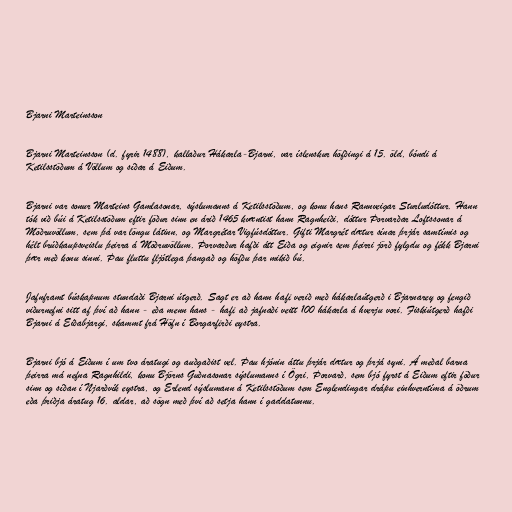
Bjarni Marteinsson

Bjarni Marteinsson (d. fyrir 1488), kallaður Hákarla-Bjarni, var íslenskur höfðingi á 15. öld, bóndi á
Ketilsstöðum á Völlum og síðar á Eiðum.

Bjarni var sonur Marteins Gamlasonar, sýslumanns á Ketilsstöðum, og konu hans Rannveigar Sturludóttur. Hann
tók við búi á Ketilsstöðum eftir föður sinn en árið 1465 kvæntist hann Ragnheiði, dóttur Þorvarðar Loftssonar á
Möðruvöllum, sem þá var löngu látinn, og Margrétar Vigfúsdóttur. Gifti Margrét dætur sínar þrjár samtímis og
hélt brúðkaupsveislu þeirra á Möðruvöllum. Þorvarður hafði átt Eiða og eignir sem þeirri jörð fylgdu og fékk Bjarni
þær með konu sinni. Þau fluttu fljótlega þangað og höfðu þar mikið bú.

Jafnframt búskapnum stundaði Bjarni útgerð. Sagt er að hann hafi verið með hákarlaútgerð i Bjarnarey og fengið
viðurnefni sitt af því að hann - eða menn hans - hafi að jafnaði veitt 100 hákarla á hverju vori. Fiskiútgerð hafði
Bjarni á Eiðabjargi, skammt frá Höfn í Borgarfirði eystra.

Bjarni bjó á Eiðum í um tvo áratugi og auðgaðist vel. Þau hjónin áttu þrjár dætur og þrjá syni. Á meðal barna
þeirra má nefna Ragnhildi, konu Björns Guðnasonar sýslumanns í Ögri, Þorvarð, sem bjó fyrst á Eiðum eftir föður
sinn og síðan í Njarðvík eystra, og Erlend sýslumann á Ketilsstöðum sem Englendingar drápu einhverntíma á öðrum
eða þriðja áratug 16. aldar, að sögn með því að setja hann í gaddatunnu.